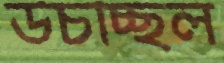
উচচ্ছিল